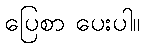
ပြေစာ ပေးပါ။